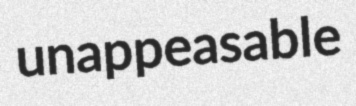
unappeasable